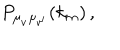
P _ { \mu _ { v ^ { \vphantom { \prime } } } \mu _ { v ^ { \prime } } } ( k _ { m } ) \, ,